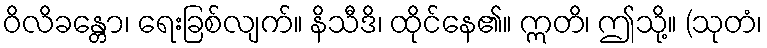
ဝိလိခန္တော၊ ရေးခြစ်လျက်။ နိသီဒိ၊ ထိုင်နေ၏။ ဣတိ၊ ဤသို့။ (သုတံ၊